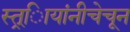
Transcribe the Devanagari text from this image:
स्त्र्िायांनीचेचून